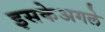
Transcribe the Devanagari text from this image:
इसकेअगले